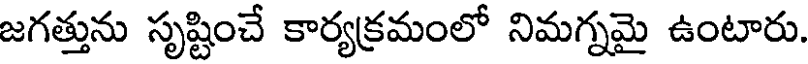
జగత్తును సృష్టించే కార్యక్రమంలో నిమగ్నమై ఉంటారు.